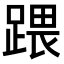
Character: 𨃄